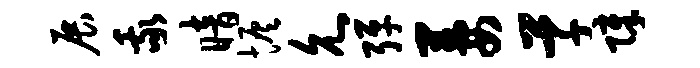
展我暗恢允弹萋草障